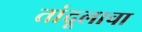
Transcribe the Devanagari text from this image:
तांदूलाचा